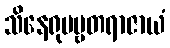
သိနေရုပဗ္ဗတရာဇာယံ